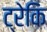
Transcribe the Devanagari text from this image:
ट्रेकि